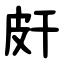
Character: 皯